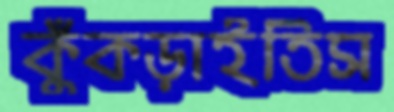
কুঁকড়াইতিস